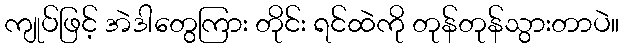
ကျုပ်ဖြင့် အဲဒါတွေကြား တိုင်း ရင်ထဲကို တုန်တုန်သွားတာပဲ။